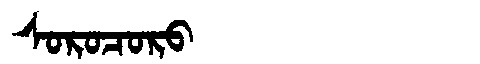
Manchu: ᠰᠣᡵᠣᠴᠣᡵᠣ
Romanization: SOROCORO